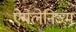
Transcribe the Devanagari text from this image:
ऐमेलेनिज्म